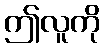
ဤလူကို